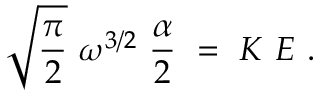
\sqrt { \frac { \pi } { 2 } } ~ \omega ^ { 3 / 2 } ~ \frac { \alpha } { 2 } ~ = ~ K ~ E ~ .